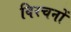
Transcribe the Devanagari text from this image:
विरचनों